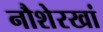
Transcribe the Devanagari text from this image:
नौशेरखां